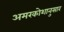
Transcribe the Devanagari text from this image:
अमरकोशानुसार